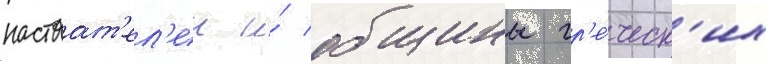
настоат'ел'еи и́ общины гр'е́ческ'их